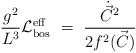
\begin{align*} \frac {g^2}{L^3} {\cal L}^{\rm eff}_{\rm bos}\ = \ \frac{ \dot{\vec{C}}^2}{2 f^2(\vec{C})} \,\end{align*}